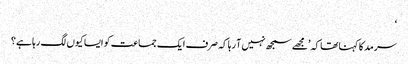
‘
سرمد کا کہنا تھا کہ ’مجھے سمجھ نہیں آ رہا کہ صرف ایک جماعت کو ایسا کیوں لگ رہا ہے؟